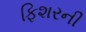
ફિશરની